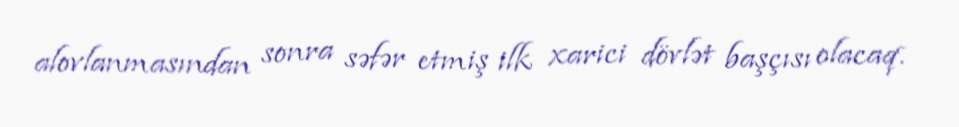
alovlanmasından sonra səfər etmiş ilk xarici dövlət başçısı olacaq.